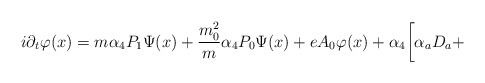
\begin{align*}i\partial _t\varphi (x)=m\alpha_4P_1\Psi(x)+\frac{m_0^2}{m}\alpha_4 P_0\Psi(x)+eA_0\varphi(x)+\alpha _4 \biggl [\alpha _aD_a+\end{align*}